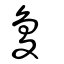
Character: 敻